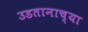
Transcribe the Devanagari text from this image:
उडतानाच्या